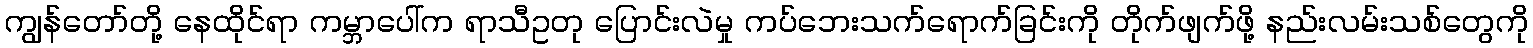
ကျွန်တော်တို့ နေထိုင်ရာ ကမ္ဘာပေါ်က ရာသီဥတု ပြောင်းလဲမှု ကပ်ဘေးသက်ရောက်ခြင်းကို တိုက်ဖျက်ဖို့ နည်းလမ်းသစ်တွေကို